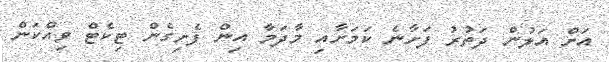
އަށް އަލުން ދަތުރު ފަށާނެ ކަމަށާއި މާދަމާ އިން ފެށިގެން ޓިކެޓް ވިއްކަން